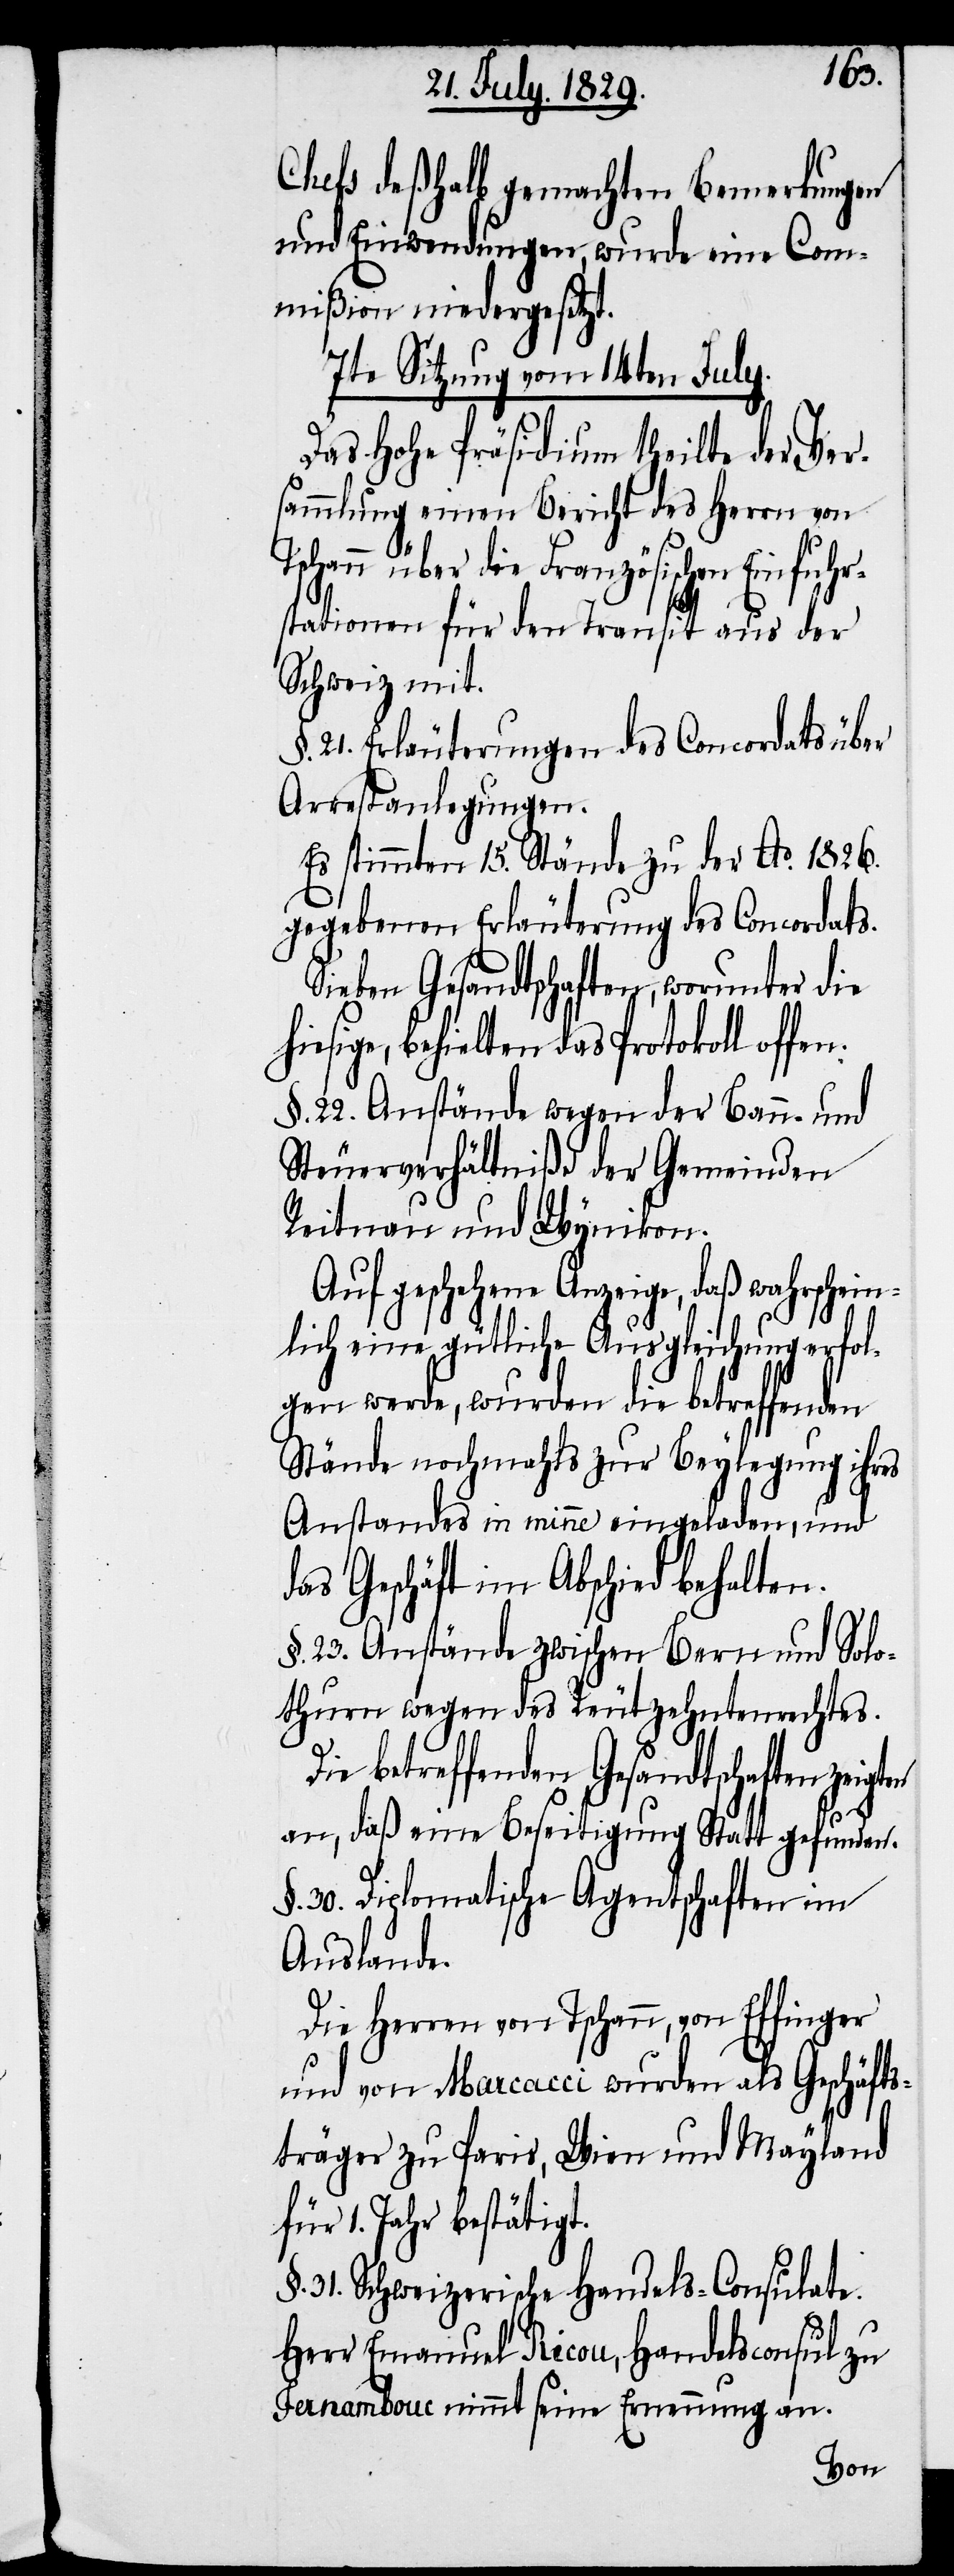
n.
Chefs deßhalb gemachten Bemerkungen
und Einwendungen, wurde eine Com¬
mißion niedergesetzt.
7te Sitzung vom 14ten July.
Das Hohe Präsidium theilte der Ver¬
sammlung einen Bericht des Herrn von
Tschann über die Französische Einfuhr¬
stationen für den Transit aus der
Schweiz mit.
§. 21. Erläuterungen des Concordats über
Arrestanlegungen.
Es stimmten 15. Stände zu der Ao. 1826.
gegebenen Erläuterung des Concordats.
Sieben Gesandtschaften, worunter die
behielten das Protokoll offe¬
§. 22. Anstände wegen der Bann- und
Steuerverhältniße der Gemeinden
Reitnau und Wynikon.
Auf geschehene Anzeige, daß wahrschein¬
lich eine gütliche Ausgleichung erfol¬
gen werde, wurden die betreffenden
Stände nochmahl zur Beylegung ihres
Anstandes in minne eingeladen, und
das Geschäft im Abschied behalten.
§. 23. Anstände zwischen Bern und Solo¬
thurn wegen des Reutzehntenrechtes.
betreffenden Gesandtschaften
an, daß eine Beseitigung Statt gefunden.
§. 30. Diplomatische Agentschaften im
Auslande.
Die Herren von Tschann, von Effinger
und von Marcacci wurden als Geschäfts¬
träger zu Paris, Wien und Mayland
für 1. Jahr bestätigt.
§. 31. Schweizerische Handels-Consulate.
Herr Emanuel Ricou, Handelsconsul zu
Fernambouc nimmt seine Ernennung an.